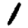
Digit: 1